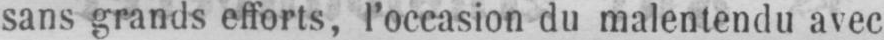
sans grands efforts, l’occasion du malentendu avec